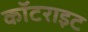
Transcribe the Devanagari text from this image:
कॉटराइट